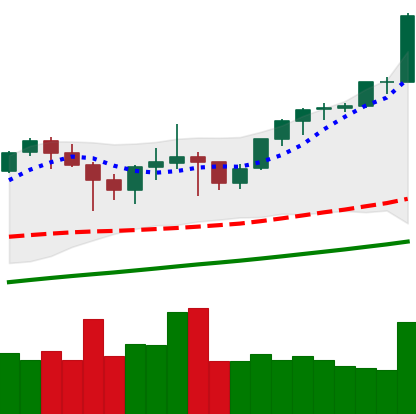
Ticker: ETH-USD
Chart end date: 2021-05-03
Forward return: 13.744%
Label: up_7plus